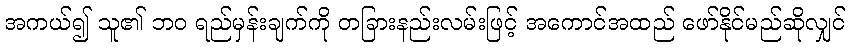
အကယ်၍ သူ၏ ဘဝ ရည်မှန်းချက်ကို တခြားနည်းလမ်းဖြင့် အကောင်အထည် ဖော်နိုင်မည်ဆိုလျှင်